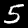
Digit: 5